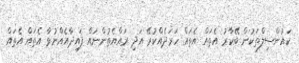
ކައުންސިލްތަކުން ބޭކާރު އެތައް އެތައް ހަރަދެއްކުރޭ އަދި ރައްޔެތުންނައް ފައިދާއެއްނުވާ އެތައް އެތައް